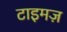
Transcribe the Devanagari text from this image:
टाइमज़